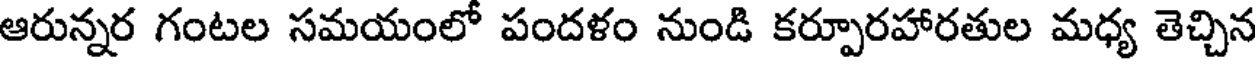
ఆరున్నర గంటల సమయంలో పందళం నుండి కర్పూరహారతుల మధ్య తెచ్చిన